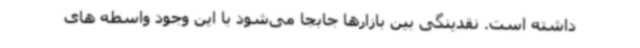
داشته است. نقدینگی بین بازارها جابجا می‌شود با این وجود واسطه های